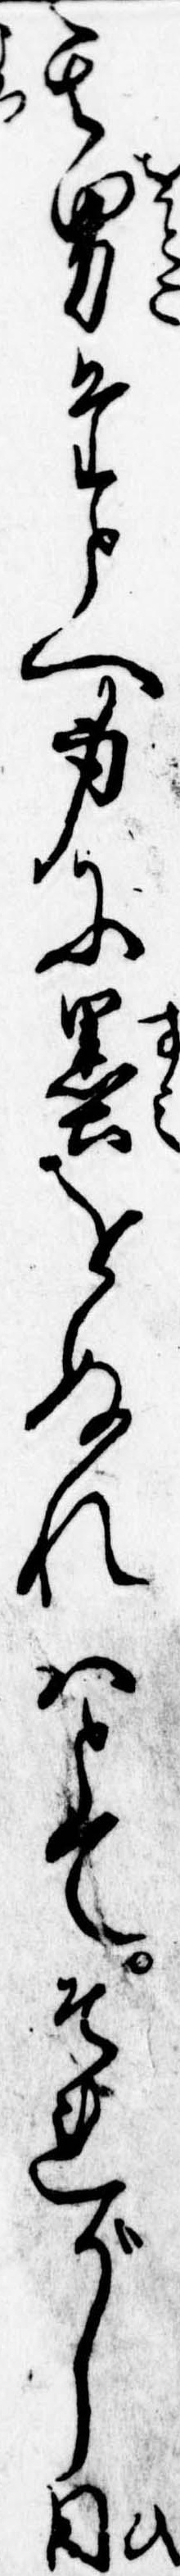
其男たとへ身に墨をぬれはとてそれがし日